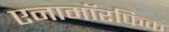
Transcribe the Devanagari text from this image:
एनामॉरफिक